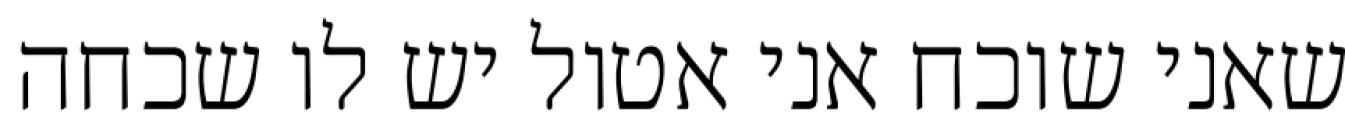
שאני שוכח אני אטול יש לו שכחה